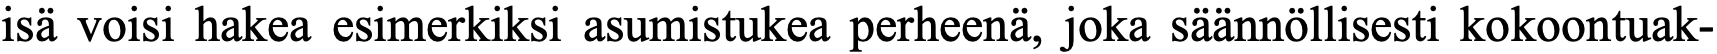
isä voisi hakea esimerkiksi asumistukea perheenä, joka säännöllisesti kokoontuak-